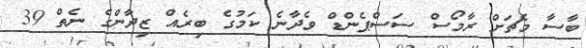
ބާސާ މެޗަށް ރާމޯސް ސަސްޕެންޑް ވެދާނެ ކަމުގެ ބިރެއް ޒިދާންގެ ނެތް 39